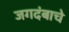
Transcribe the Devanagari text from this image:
जगदंबाचे